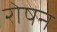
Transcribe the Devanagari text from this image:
रोषन